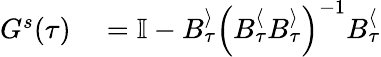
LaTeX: \begin{array}{rl}{G^{s}(\tau)}&{{}=\mathbb{I}-B_{\tau}^{\rangle}\left(B_{\tau}^{\langle}B_{\tau}^{\rangle}\right)^{-1}B_{\tau}^{\langle}}\end{array}